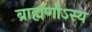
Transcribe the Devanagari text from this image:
ब्राह्मणोऽस्य